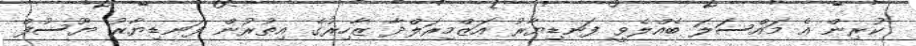
ކުރިން އެ މައްސަލަ ބެއްލެވީ ފަނޑިޔާރު އަޒްމިރަލްދާ ޒާހިރުގެ އިތުރުން ފަނޑިޔާރު ޔޫސުފް